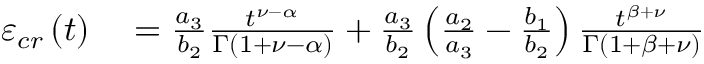
\begin{array} { r l } { \varepsilon _ { c r } \left( t \right) } & { { } = \frac { a _ { 3 } } { b _ { 2 } } \frac { t ^ { \nu - \alpha } } { \Gamma \left( 1 + \nu - \alpha \right) } + \frac { a _ { 3 } } { b _ { 2 } } \left( \frac { a _ { 2 } } { a _ { 3 } } - \frac { b _ { 1 } } { b _ { 2 } } \right) \frac { t ^ { \beta + \nu } } { \Gamma \left( 1 + \beta + \nu \right) } } \end{array}